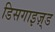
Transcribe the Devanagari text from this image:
डिसगाइज़्ड